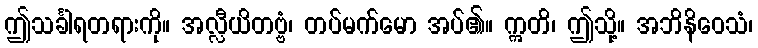
ဤသင်္ခါရတရားကို။ အလ္လီယိတဗ္ဗံ၊ တပ်မက်မော အပ်၏။ ဣတိ၊ ဤသို့။ အဘိနိဝေသံ၊